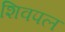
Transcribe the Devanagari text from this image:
शिवपल